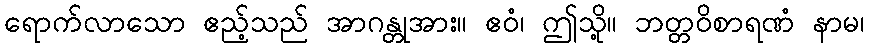
ရောက်လာသော ဧည့်သည် အာဂန္တုအား။ ဧဝံ၊ ဤသို့။ ဘတ္တဝိစာရဏံ နာမ၊